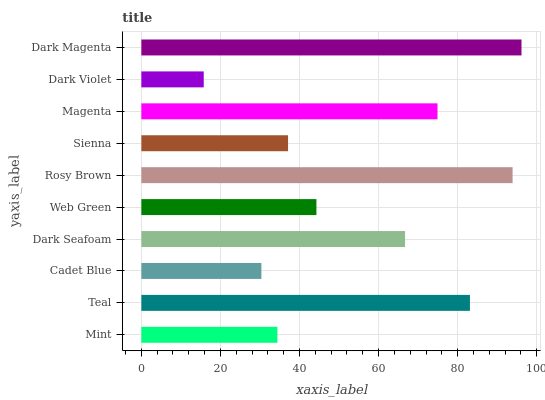
| yaxis_label | bars |
 | --- | --- |
 | Mint | 34.4 |
 | Teal | 83.1 |
 | Cadet Blue | 30.4 |
 | Dark Seafoam | 66.7 |
 | Web Green | 44.3 |
 | Rosy Brown | 93.9 |
 | Sienna | 37.1 |
 | Magenta | 74.9 |
 | Dark Violet | 15.8 |
 | Dark Magenta | 96.1 |